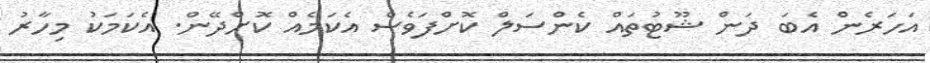
އަހަރެން އެބަ ދަން ޝޫޓުތައް ކެންސަލް ކޮށްފަވެސް އެކަމެއް ކޮށްދޭން. އެކަމަކު މިހާރު